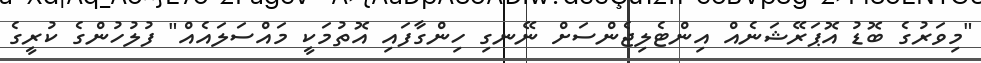
"މިވަރުގެ ބޮޑު އޮޕަރޭޝަނެއް އިންޓެލިޖެންސަށް ނޭނގި ހިންގާފައި އޮތުމަކީ މައްސަލައެއް" ފުލުހުންގެ ކުރީގެ